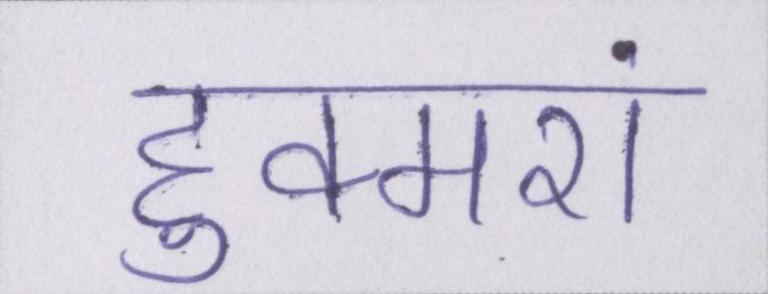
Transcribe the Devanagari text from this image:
हुक्मरां